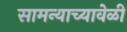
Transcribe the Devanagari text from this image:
सामन्याच्यावेळी